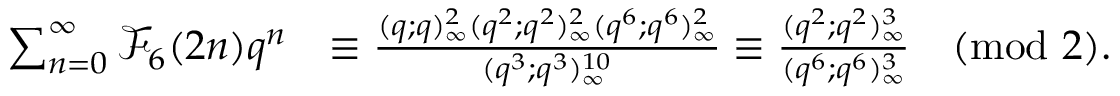
\begin{array} { r l } { \sum _ { n = 0 } ^ { \infty } \mathcal { F } _ { 6 } ( 2 n ) q ^ { n } } & { \equiv \frac { ( q ; q ) _ { \infty } ^ { 2 } ( q ^ { 2 } ; q ^ { 2 } ) _ { \infty } ^ { 2 } ( q ^ { 6 } ; q ^ { 6 } ) _ { \infty } ^ { 2 } } { ( q ^ { 3 } ; q ^ { 3 } ) _ { \infty } ^ { 1 0 } } \equiv \frac { ( q ^ { 2 } ; q ^ { 2 } ) _ { \infty } ^ { 3 } } { ( q ^ { 6 } ; q ^ { 6 } ) _ { \infty } ^ { 3 } } \pmod 2 . } \end{array}